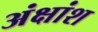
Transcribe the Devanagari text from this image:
अंक्षांश